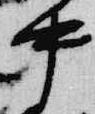
中